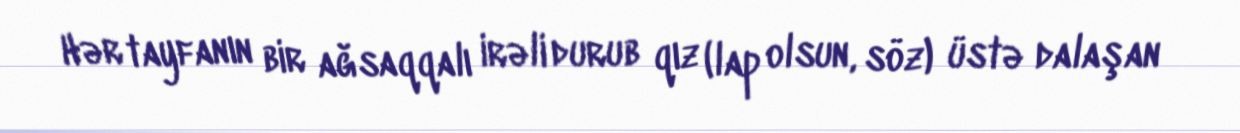
Hər tayfanın bir ağsaqqalı irəli durub qız (lap olsun, söz) üstə dalaşan